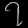
Digit: ၇